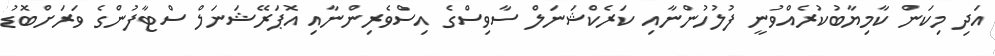
އަދި މިކަން ކާމިޔާބުކުރެއްވުނީ ފުލުހުުންނާއި ކަރެކްޝަނަލް ސާވިސްގެ އިސްވެރިންނާއި އޮޕަރޭޝަނަލް ސްޓާފުންގެ ވަރަށްބޮޑު